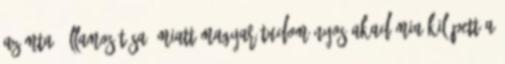
az MTA „államosítása” miatt magyar tudományos akadémia Kilépett a